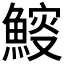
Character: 𩹔